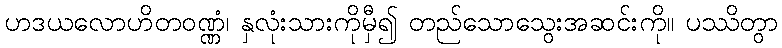
ဟဒယလောဟိတဝဏ္ဏံ၊ နှလုံးသားကိုမှီ၍ တည်သောသွေးအဆင်းကို။ ပဿိတွာ